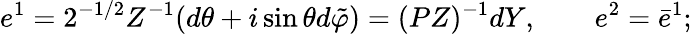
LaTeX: e^{1}=2^{-1/2}Z^{-1}(d\theta+i\sin\theta d\tilde{\varphi})=(PZ)^{-1}dY,\qquad e^{2}=\bar{e}^{1};